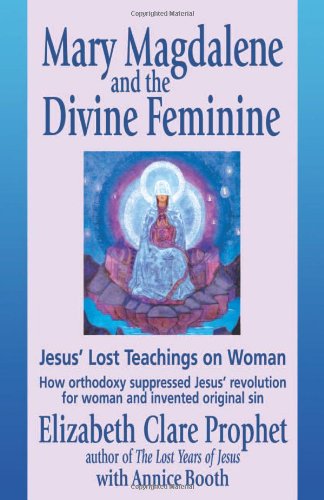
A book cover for Mary Magdalene and the Divine Feminine: Jesus' Lost Teachings on Woman; Elizabeth Clare Prophet; Religion & Spirituality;